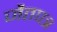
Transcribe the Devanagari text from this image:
जैतपत्र